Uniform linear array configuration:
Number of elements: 48
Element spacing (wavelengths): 0.75
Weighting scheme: kaiser
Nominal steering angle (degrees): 45
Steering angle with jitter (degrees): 44.583
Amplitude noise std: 0.05
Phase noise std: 0.05

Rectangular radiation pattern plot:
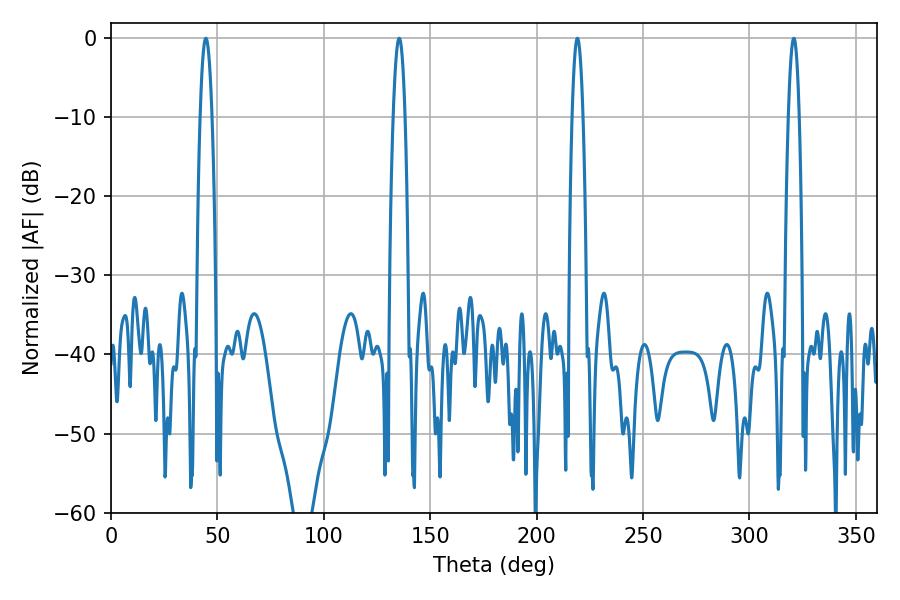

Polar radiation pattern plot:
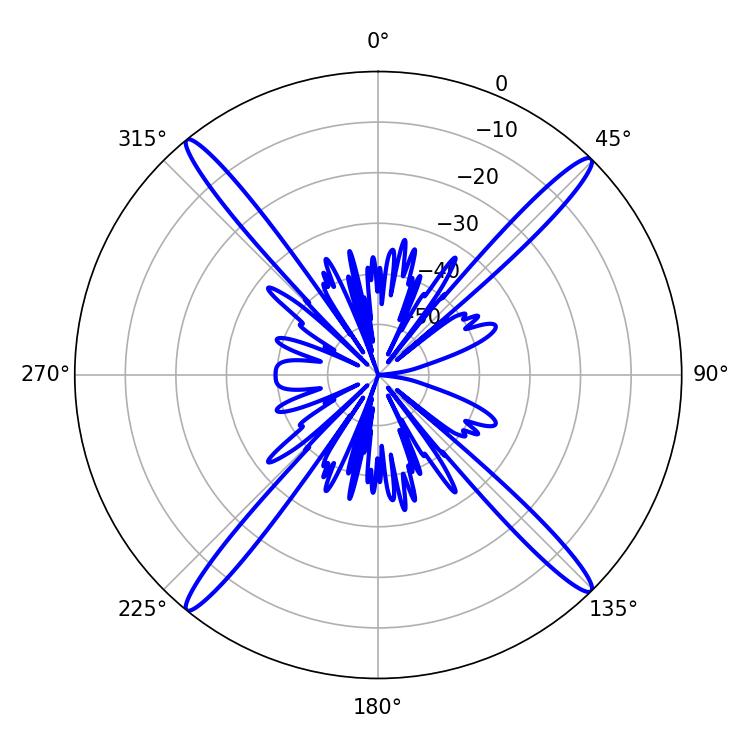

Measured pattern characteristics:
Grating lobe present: TRUE
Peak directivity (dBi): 21.463
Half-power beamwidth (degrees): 3.06
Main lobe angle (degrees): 44.64